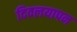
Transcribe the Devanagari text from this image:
दिवलयापन